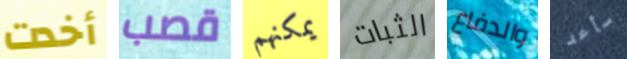
أخدت قصب يمكنهم الثبات والدفاع سأعد